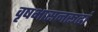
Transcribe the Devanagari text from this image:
वृषभासनरूढां